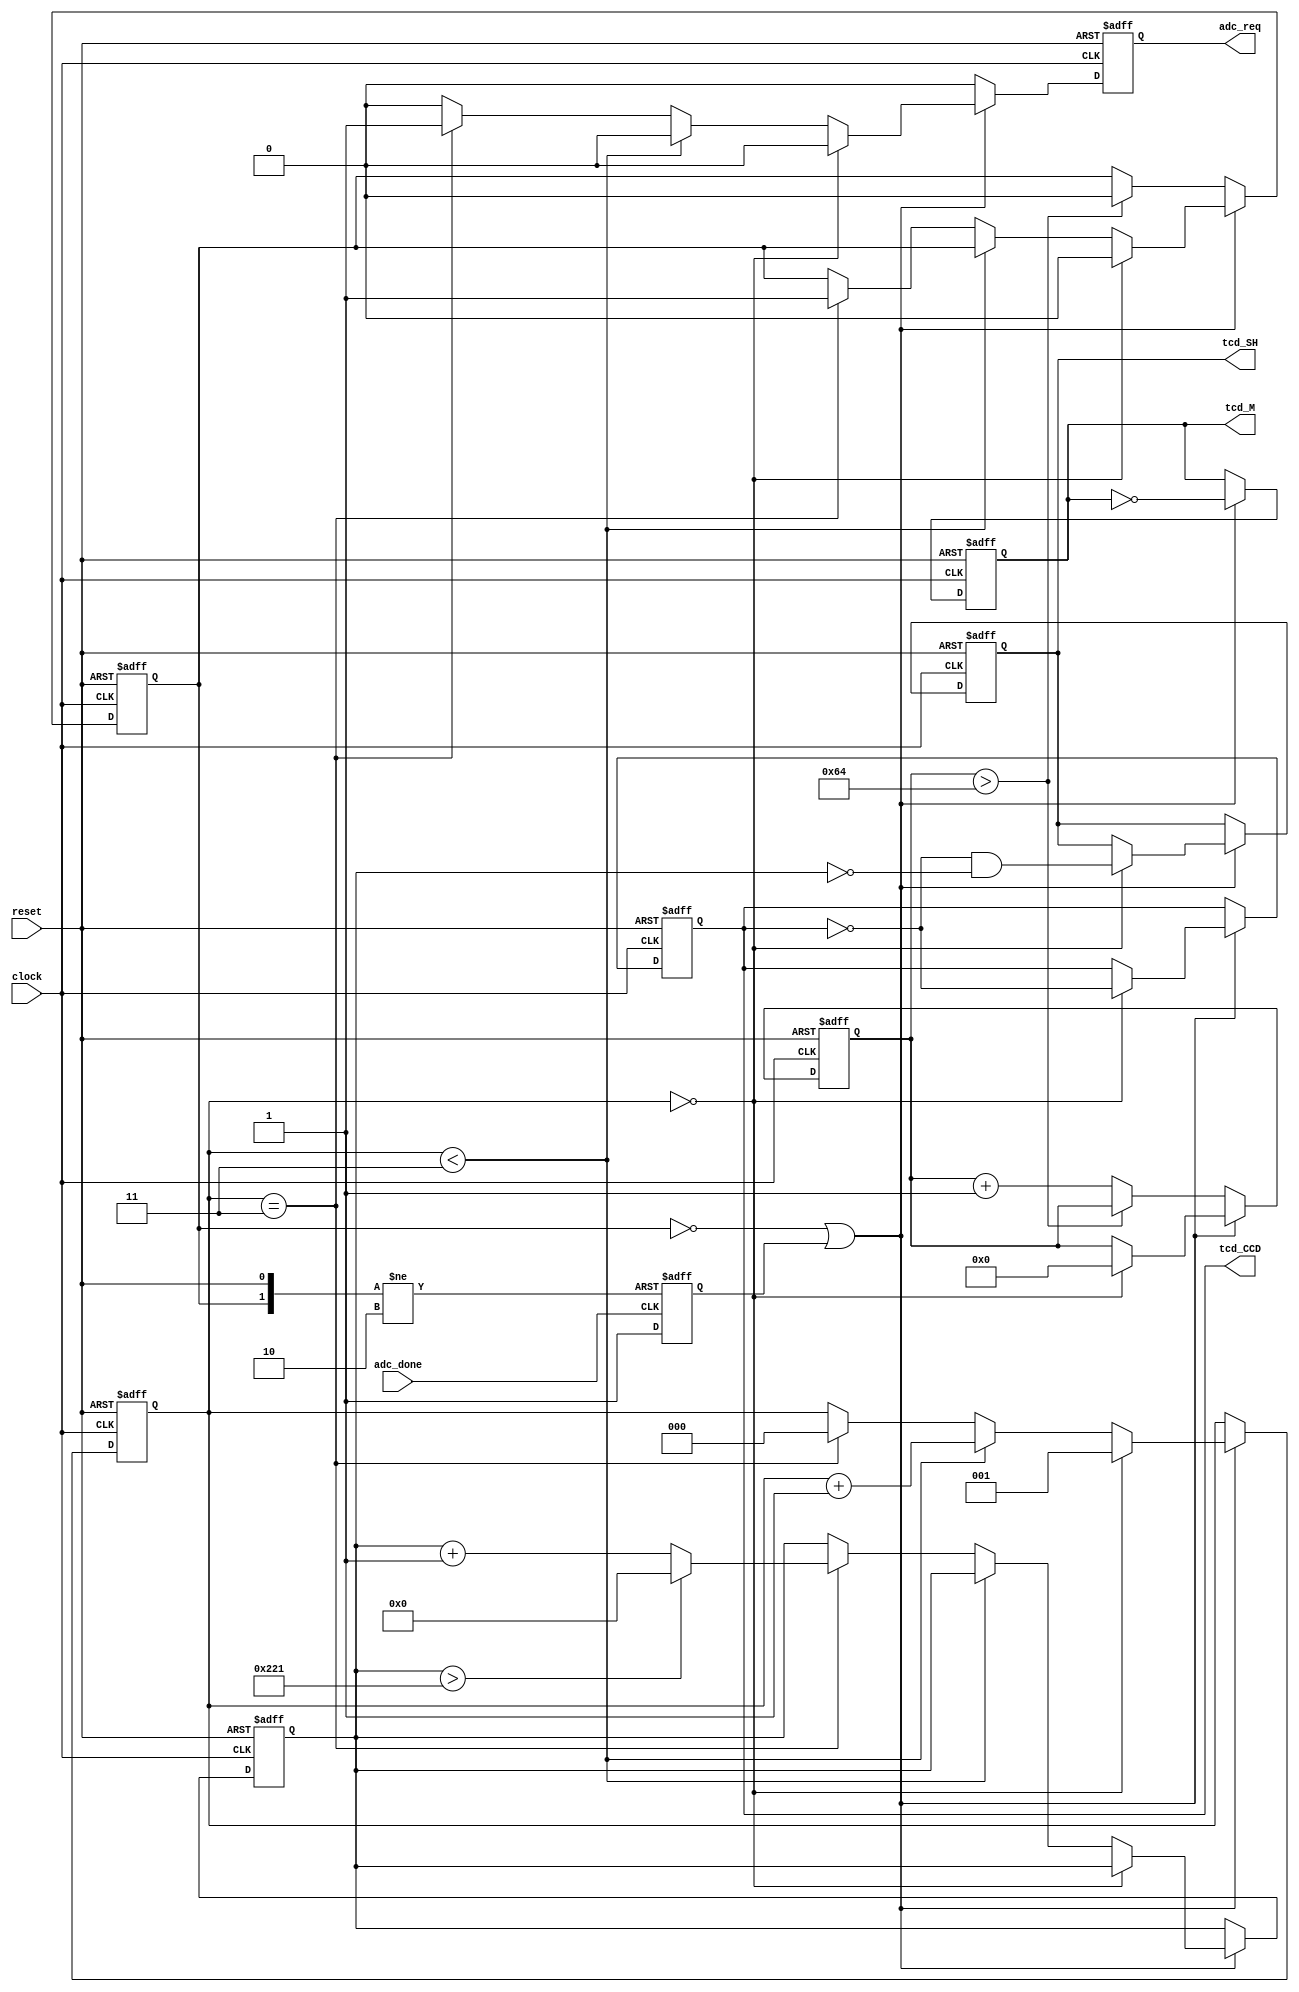
module tcd132 (
    clock, 
    reset,
	 tcd_M,
	 tcd_SH,
	 tcd_CCD,
	 adc_req,
	 adc_done
);


input clock;
input reset;
input adc_done;
output adc_req;
output tcd_M;
output tcd_SH;
output tcd_CCD;



/* handle when the ADC signals that is has finished processing */
reg r_adc_done_received = 0;
always @ (posedge adc_done or negedge r_adc_req_active or posedge reset)
begin
    if(reset) begin
		r_adc_done_received = 0;
    end else begin
	 
		if(!r_adc_req_active) begin
			r_adc_done_received = 0;
		end else begin
			r_adc_done_received = 1;
		end
	end
end


/* provide the M clock and divide it for CCD and drive SH */
reg r_CCD = 0;
reg r_SH = 0;
reg r_M = 0;
reg r_adc_req_active = 0;
reg r_adc_req_pulse = 0;
reg [2:0] r_clockdiv = 0;
reg [11:0] r_pixel_count = 0;
reg [7:0] r_adc_timeout = 0;
always @ (posedge clock or posedge reset)
begin
    if (reset) begin
		r_CCD = 0;
		r_SH = 0;
		r_M = 0;
		r_adc_req_active = 0;
		r_adc_req_pulse = 0;
		r_clockdiv = 0;
		r_pixel_count = 0;
		r_adc_timeout = 0;
    end else begin
	 
		r_adc_req_pulse = 0;
	 
		if(!r_adc_req_active || r_adc_done_received) begin
		
			r_M = !r_M;
		
			/* divide master clock down by 4 for CCD clock */
			if(r_clockdiv == 0) begin
				r_adc_req_active = 0;
				r_adc_timeout = 0;
				r_clockdiv = 1;
				r_CCD = !r_CCD;
				r_SH = r_CCD && (r_pixel_count == 12'b0);
			end else if(r_clockdiv < 3) begin
				r_clockdiv = r_clockdiv + 1;
			end else if(r_clockdiv == 3) begin
				r_clockdiv = 0;
				
				r_adc_req_active = 1;
				r_adc_req_pulse = 1;
				
				/* count 1091 CCD *edges* ... roughly... there seems to be a factor 2 issue somwhere..?! */
				if (r_pixel_count > 1091/2) begin
					r_pixel_count = 0;
				end else begin
					r_pixel_count = r_pixel_count + 1;
				end
			end
		end else begin
			r_adc_req_pulse = 0;
			if(r_adc_timeout > 100) begin
				r_adc_req_active = 0;
			end else begin
				r_adc_timeout = r_adc_timeout + 1;
			end
		end
	 end
end

assign tcd_M = r_M;
assign tcd_SH = r_SH;
assign tcd_CCD = r_CCD;
assign adc_req = r_adc_req_pulse;

endmodule